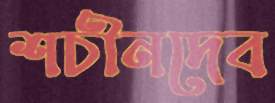
শচীনদেব